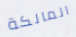
المالكة